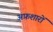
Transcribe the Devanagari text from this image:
अफ़शारों